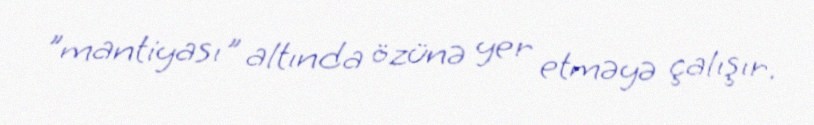
"mantiyası" altında özünə yer etməyə çalışır.